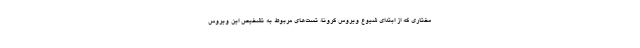
مختاری که از ابتدای شیوع ویروس کرونا، تست‌های مربوط به تشخیص این ویروس